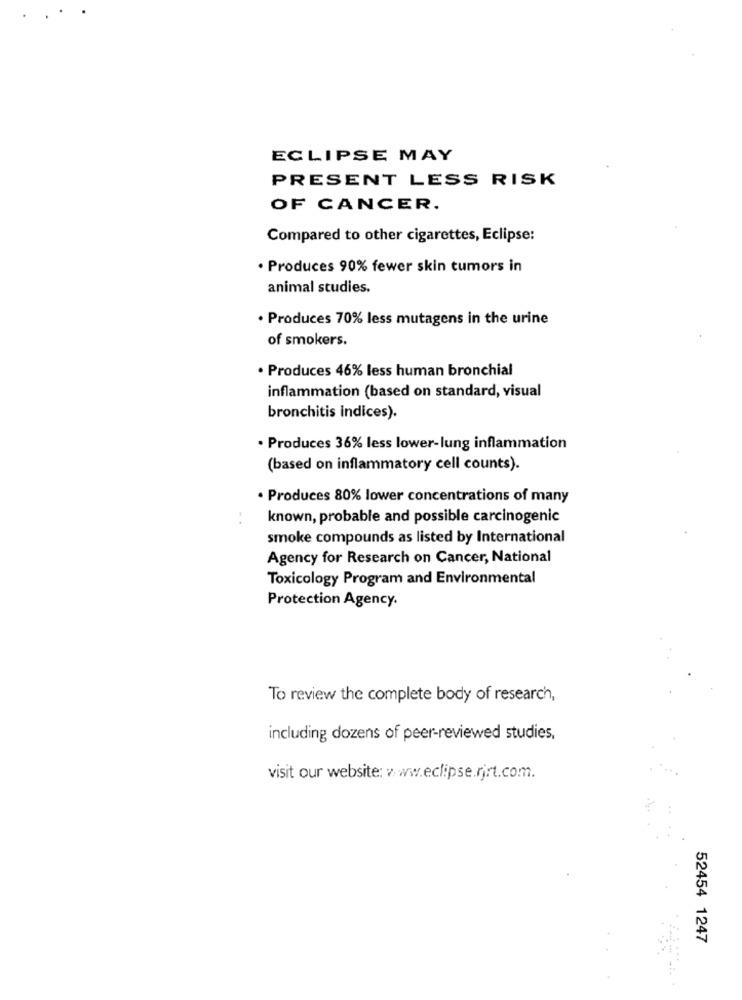
ECLIPSE MAY
PRESENT LESS RISK
OF CANCER.
Compared to other cigarettes, Eclipse:
· Produces 90% fewer skin tumors in
animal studies.
· Produces 70% less mutagens in the urine
of smokers.
· Produces 46% less human bronchial
inflammation (based on standard, visual
bronchitis indices).
· Produces 36% less lower-lung inflammation
(based on inflammatory cell counts).
· Produces 80% lower concentrations of many
known, probable and possible carcinogenic
smoke compounds as listed by International
Agency for Research on Cancer, National
Toxicology Program and Environmental
Protection Agency.
To review the complete body of research,
including dozens of peer-reviewed studies,
visit our website: www.eclipse.rjrt.com.
52454 1247